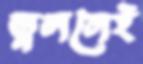
তুললেই